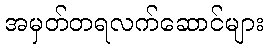
အမှတ်တရလက်ဆောင်များ